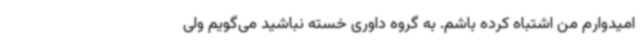
امیدوارم من اشتباه کرده باشم. به گروه داوری خسته نباشید می‌گویم ولی